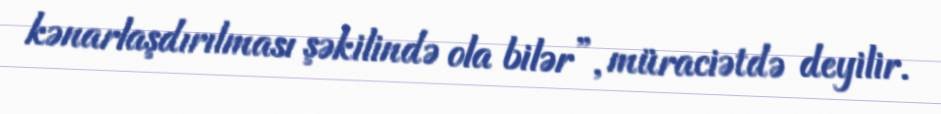
kənarlaşdırılması şəkilində ola bilər”, müraciətdə deyilir.